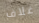
غلاف